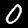
Label: 0